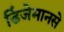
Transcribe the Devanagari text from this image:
डिंजेमानसे